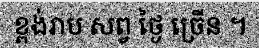
ខ្ពង់រាប សព្វ ថ្ងៃ ច្រើន ។